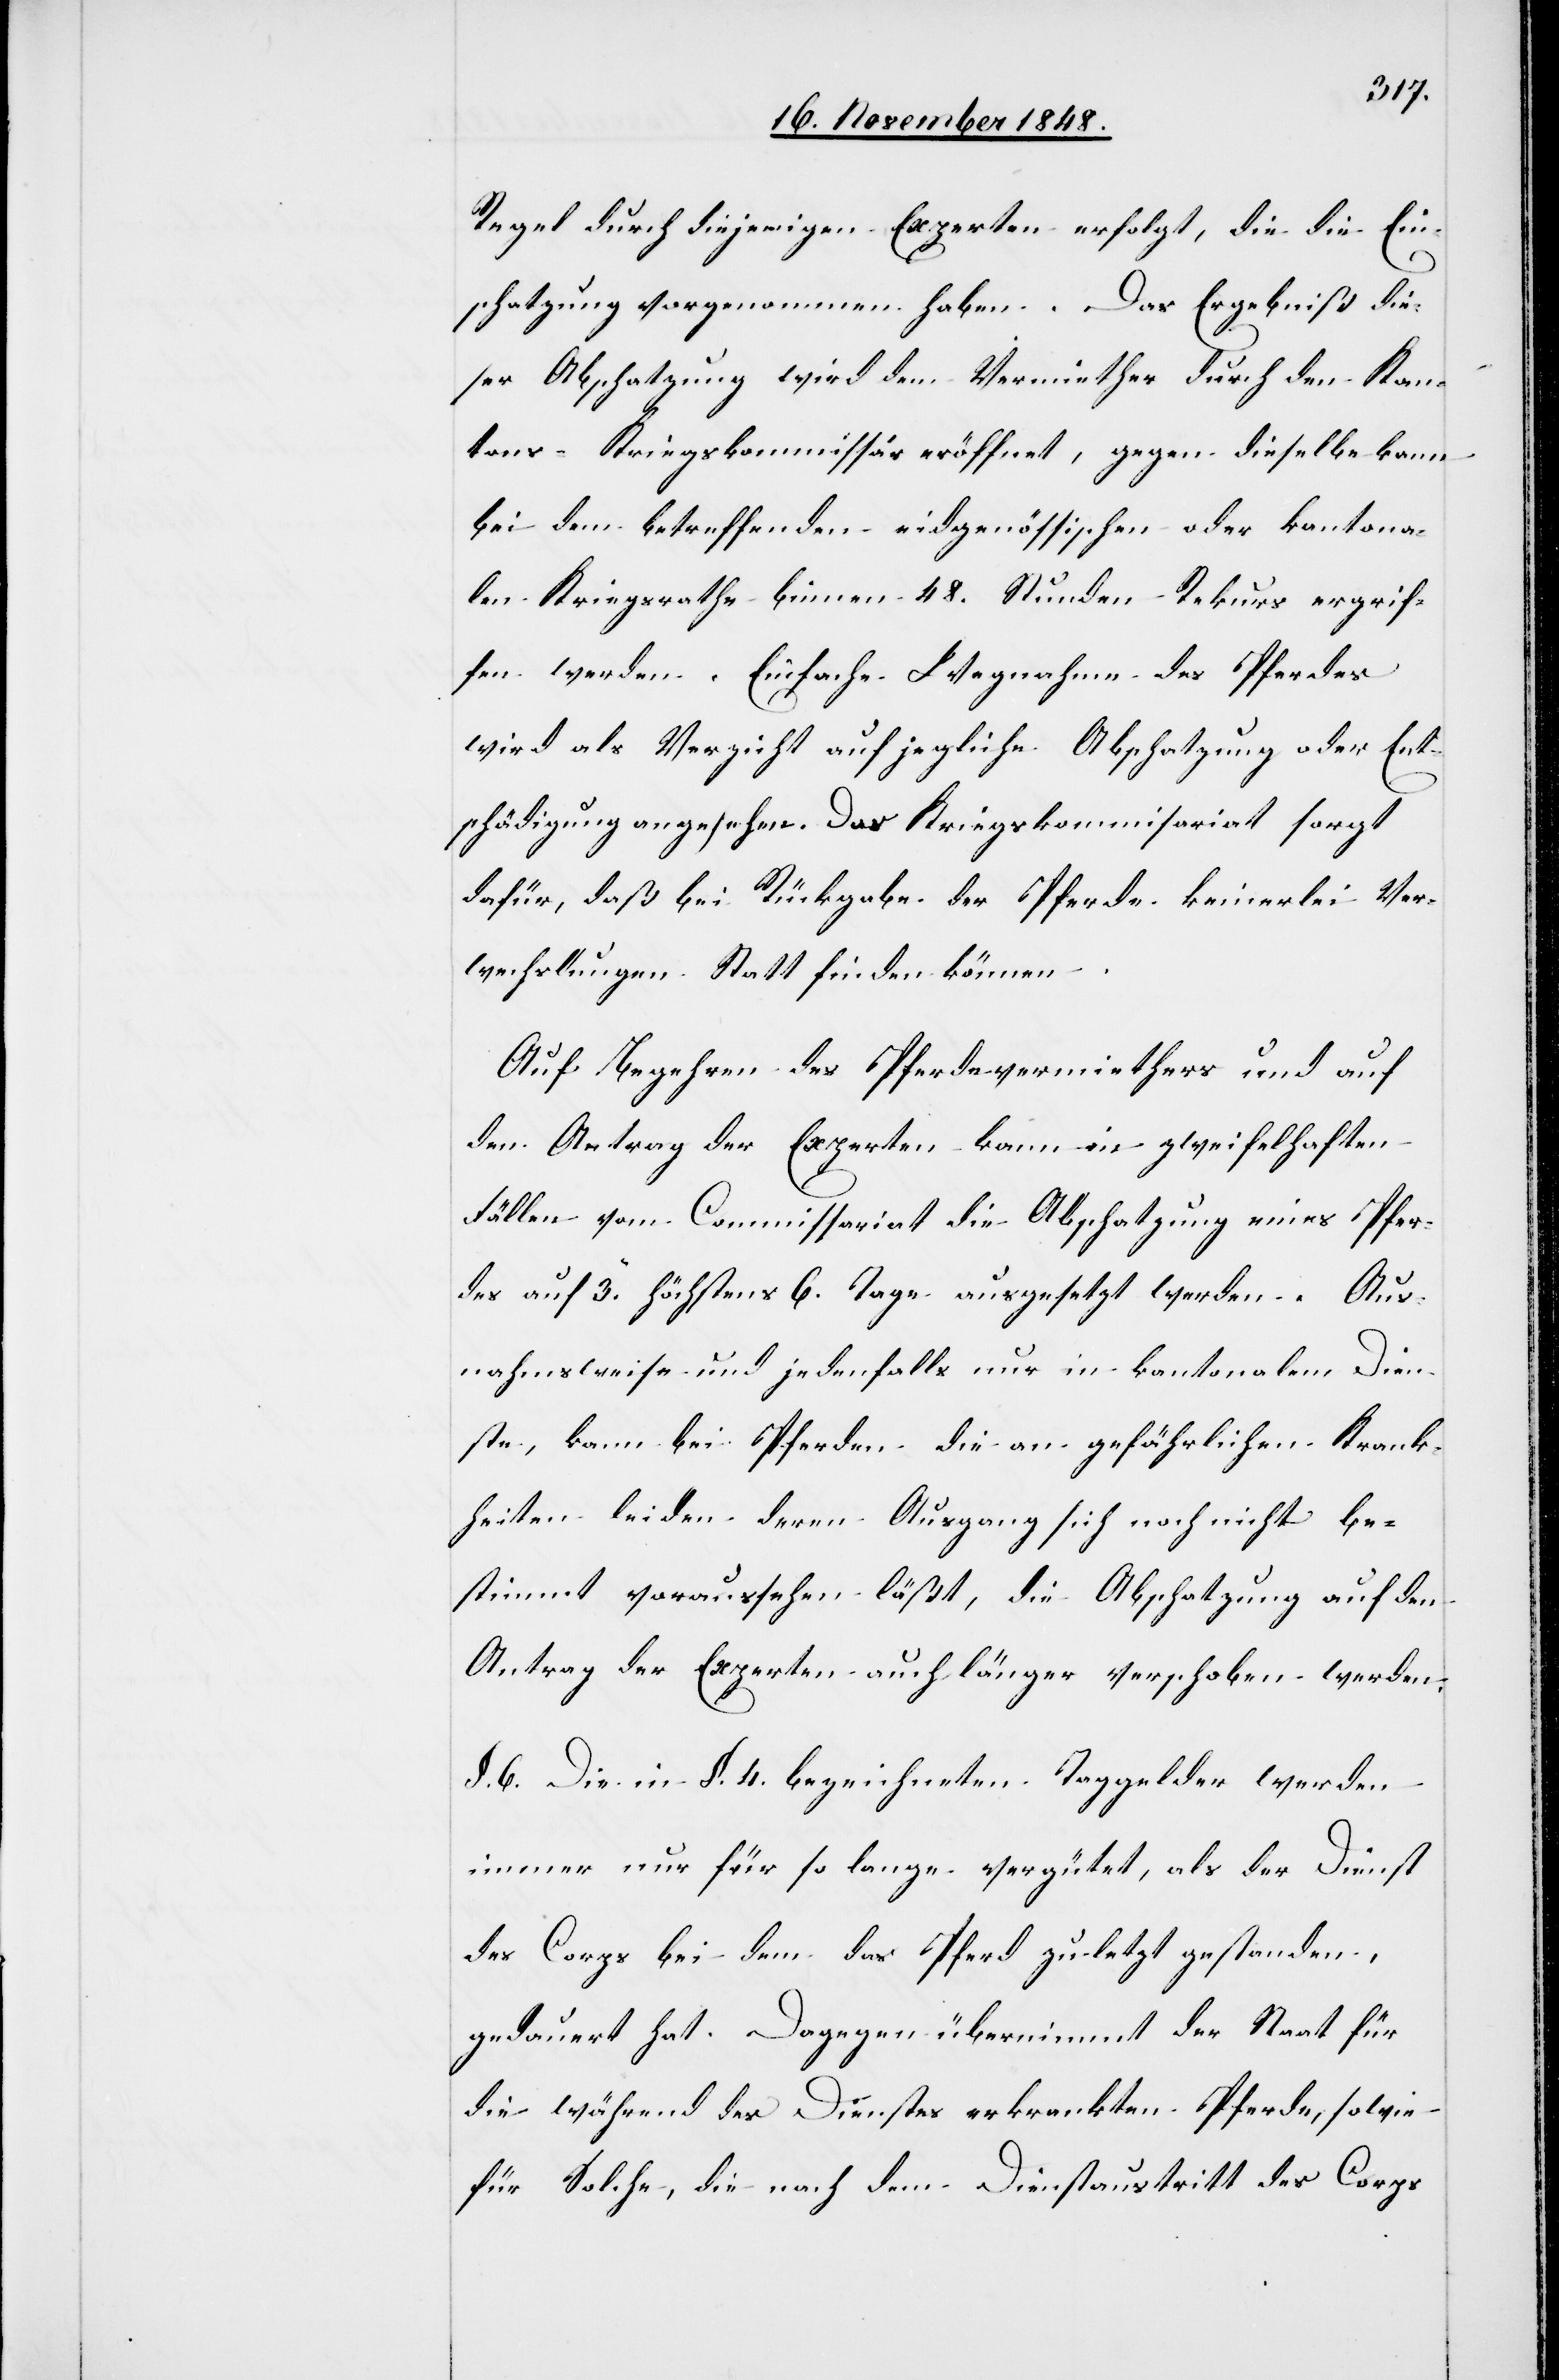
Regel durch diejenigen Experten erfolgt, die die Ein¬
schatzung vorgenommen haben. Das Ergebniß die¬
ser Abschatzung wird dem Vermiether durch den Kan¬
tons-Kriegskommissär eröffnet, gegen dieselbe kann
bei dem betreffenden eidgenössischen oder kantona¬
len Kriegsrathe binnen 48. Stunden Rekurs ergrif¬
fen werden. Einfache Wegnahme des Pferdes
wird als Verzicht auf jegliche Abschatzung oder Ent¬
schädigung angesehen. Das Kriegskommis[s]ariat sorgt
dafür, daß bei Rückgabe der Pferde keinerlei Ver¬
wechslungen Statt finden können.
Auf Begehren des Pferdevermiethers und auf
den Antrag der Experten kann in zweifelhaften
Fällen vom Commissariat die Abschatzung eines Pfer¬
des auf 3. höchstens 6. Tage ausgesetzt werden.
Aus¬
nahmsweise und jedenfalls nur in kantonalem Dien¬
ste, kann bei Pferden die an gefährlichen Krank¬
heiten leiden deren Ausgang sich noch nicht be¬
stimmt voraussehen läßt, die Abschatzung auf den
Antrag der Experten auch länger verschoben werden.
§. 6. Die in §. 4. bezeichneten Taggelder werden
immer nur für so lange vergütet, als der Dienst
des Corps bei dem das Pferd zuletzt gestanden,
gedauert hat. Dagegen übernimmt der Staat für
die während des Dienstes erkrankten Pferde, sowie
für solche, die nach dem Dienstaustritt des Corps